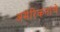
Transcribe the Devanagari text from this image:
अमेरिकनांचे